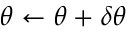
\theta \gets \theta + \delta \theta